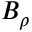
B _ { \rho }